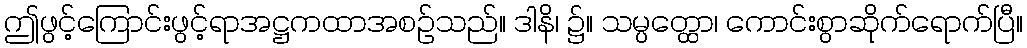
ဤဖွင့်ကြောင်းဖွင့်ရာအဋ္ဌကထာအစဉ်သည်။ ဒါနိ၊ ၌။ သမ္ပတ္ထော၊ ကောင်းစွာဆိုက်ရောက်ပြီ။